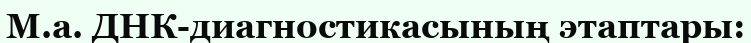
М.а. ДНК-диагностикасының этаптары: